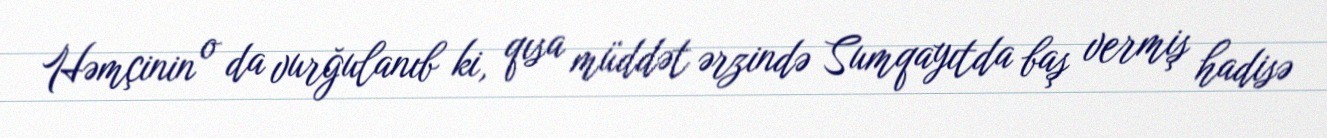
Həmçinin o da vurğulanıb ki, qısa müddət ərzində Sumqayıtda baş vermiş hadisə